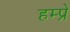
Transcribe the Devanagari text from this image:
हम्प्रे